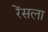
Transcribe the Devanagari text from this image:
रेंसला